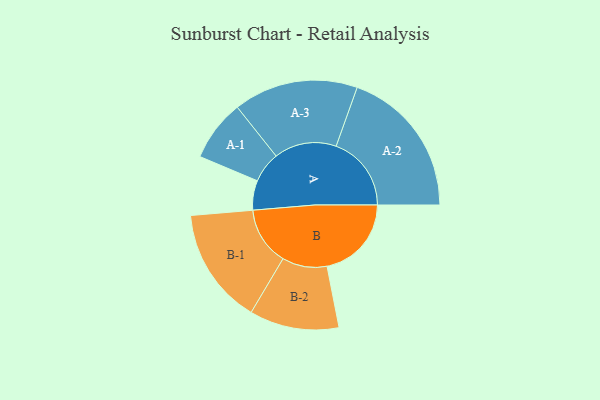
{"axis": {"x": "Segment", "y": "Value"}, "legend": ["", "A", "B"], "data": [{"x": "A", "y": 103, "type": ""}, {"x": "B", "y": 294, "type": ""}, {"x": "A-1", "y": 107, "type": "A"}, {"x": "A-2", "y": 262, "type": "A"}, {"x": "A-3", "y": 217, "type": "A"}, {"x": "B-1", "y": 203, "type": "B"}, {"x": "B-2", "y": 156, "type": "B"}]}